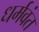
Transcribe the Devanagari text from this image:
धर्मवंत